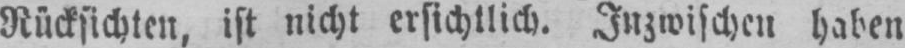
Rücksichten, ist nicht ersichtlich. Inzwischen haben